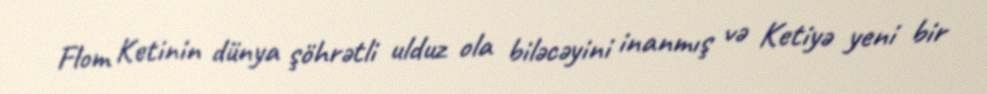
Flom Ketinin dünya şöhrətli ulduz ola biləcəyini inanmış və Ketiyə yeni bir